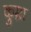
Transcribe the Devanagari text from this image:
कुम्रा